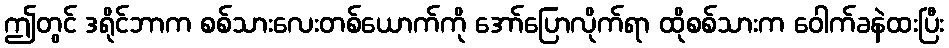
ဤတွင် ဒရိုင်ဘာက စစ်သားလေးတစ်ယောက်ကို အော်ပြောလိုက်ရာ ထိုစစ်သားက ဝေါက်ခနဲထးပြီး